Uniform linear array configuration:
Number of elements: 64
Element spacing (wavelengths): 0.25
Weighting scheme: hann
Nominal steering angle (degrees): -45
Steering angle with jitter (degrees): -45.549
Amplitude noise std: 0.05
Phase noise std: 0.05

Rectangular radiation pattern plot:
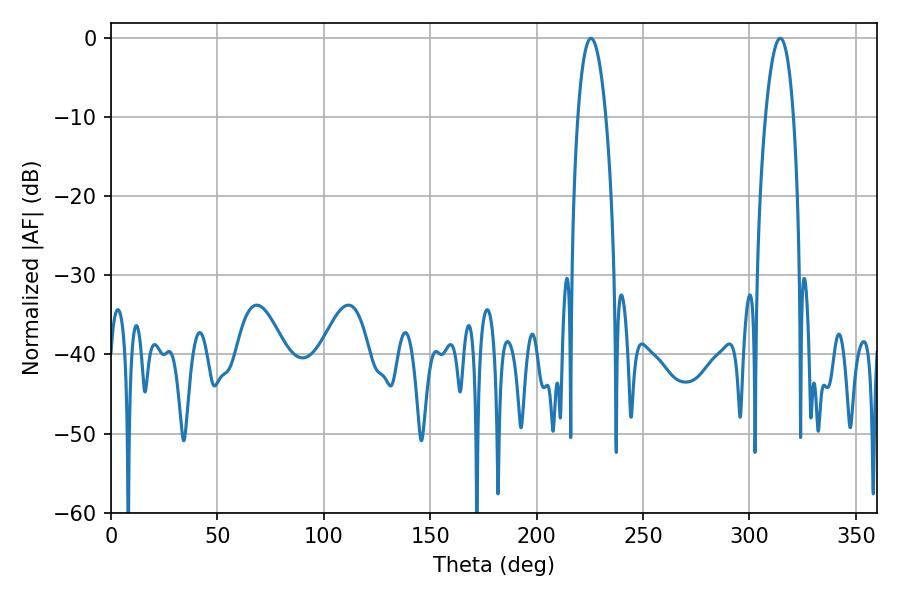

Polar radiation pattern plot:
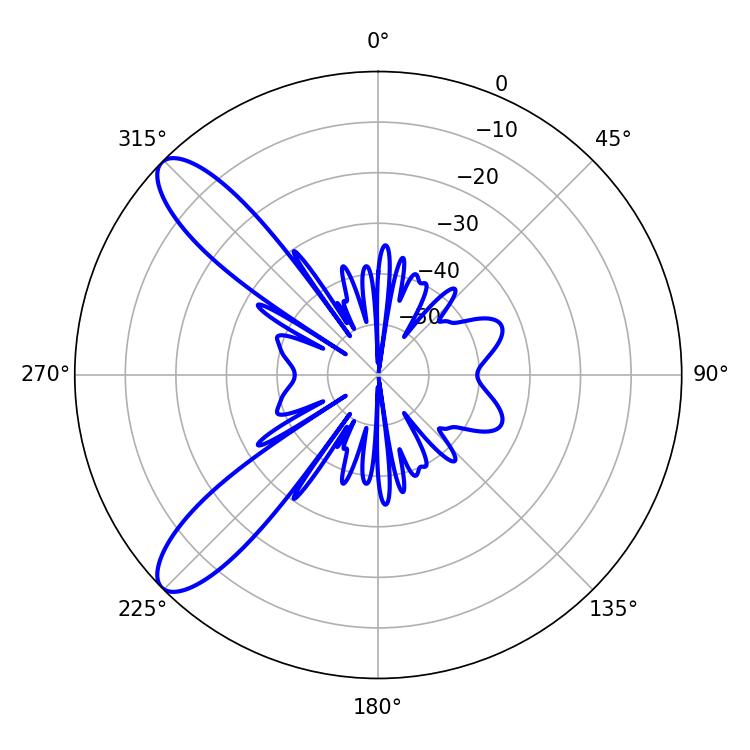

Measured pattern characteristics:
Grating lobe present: FALSE
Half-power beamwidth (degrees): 7.38
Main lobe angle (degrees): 225.54